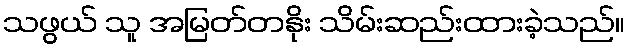
သဖွယ် သူ အမြတ်တနိုး သိမ်းဆည်းထားခဲ့သည်။